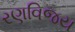
રણવિજય